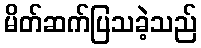
မိတ်ဆက်ပြသခဲ့သည်